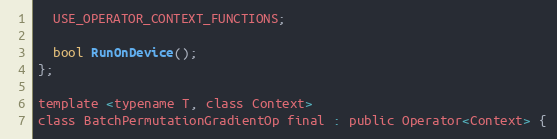
Language: C
  USE_OPERATOR_CONTEXT_FUNCTIONS;

  bool RunOnDevice();
};

template <typename T, class Context>
class BatchPermutationGradientOp final : public Operator<Context> {